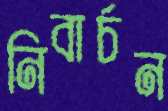
নিবার্চন